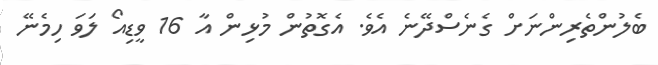
ބެލުންތެރިންނަށް ގެނެސްދޭނެ އެވެ. އެގޮތުން މުޅިން އާ 16 ވީޑިއޯ ލަވަ ހިމެނޭ